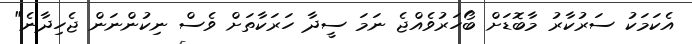
އެކަމަކު ސަރުކާރު މާބޮޑަށް ބޯހަރުވެއްޖެ ނަމަ ސީދާ ހަރަކާތަށް ވެސް ނިކުންނަން ޖެހިދާނެ"